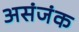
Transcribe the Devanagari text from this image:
असंजंक